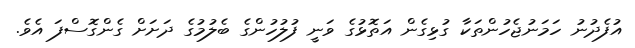
އުފެދުނު ހަމަނުޖެހުންތަކާ ގުޅިގެން އަތޮޅުގެ ވަނީ ފުލުހުންގެ ބެލުމުގެ ދަށަށް ގެންގޮސްފަ އެވެ.